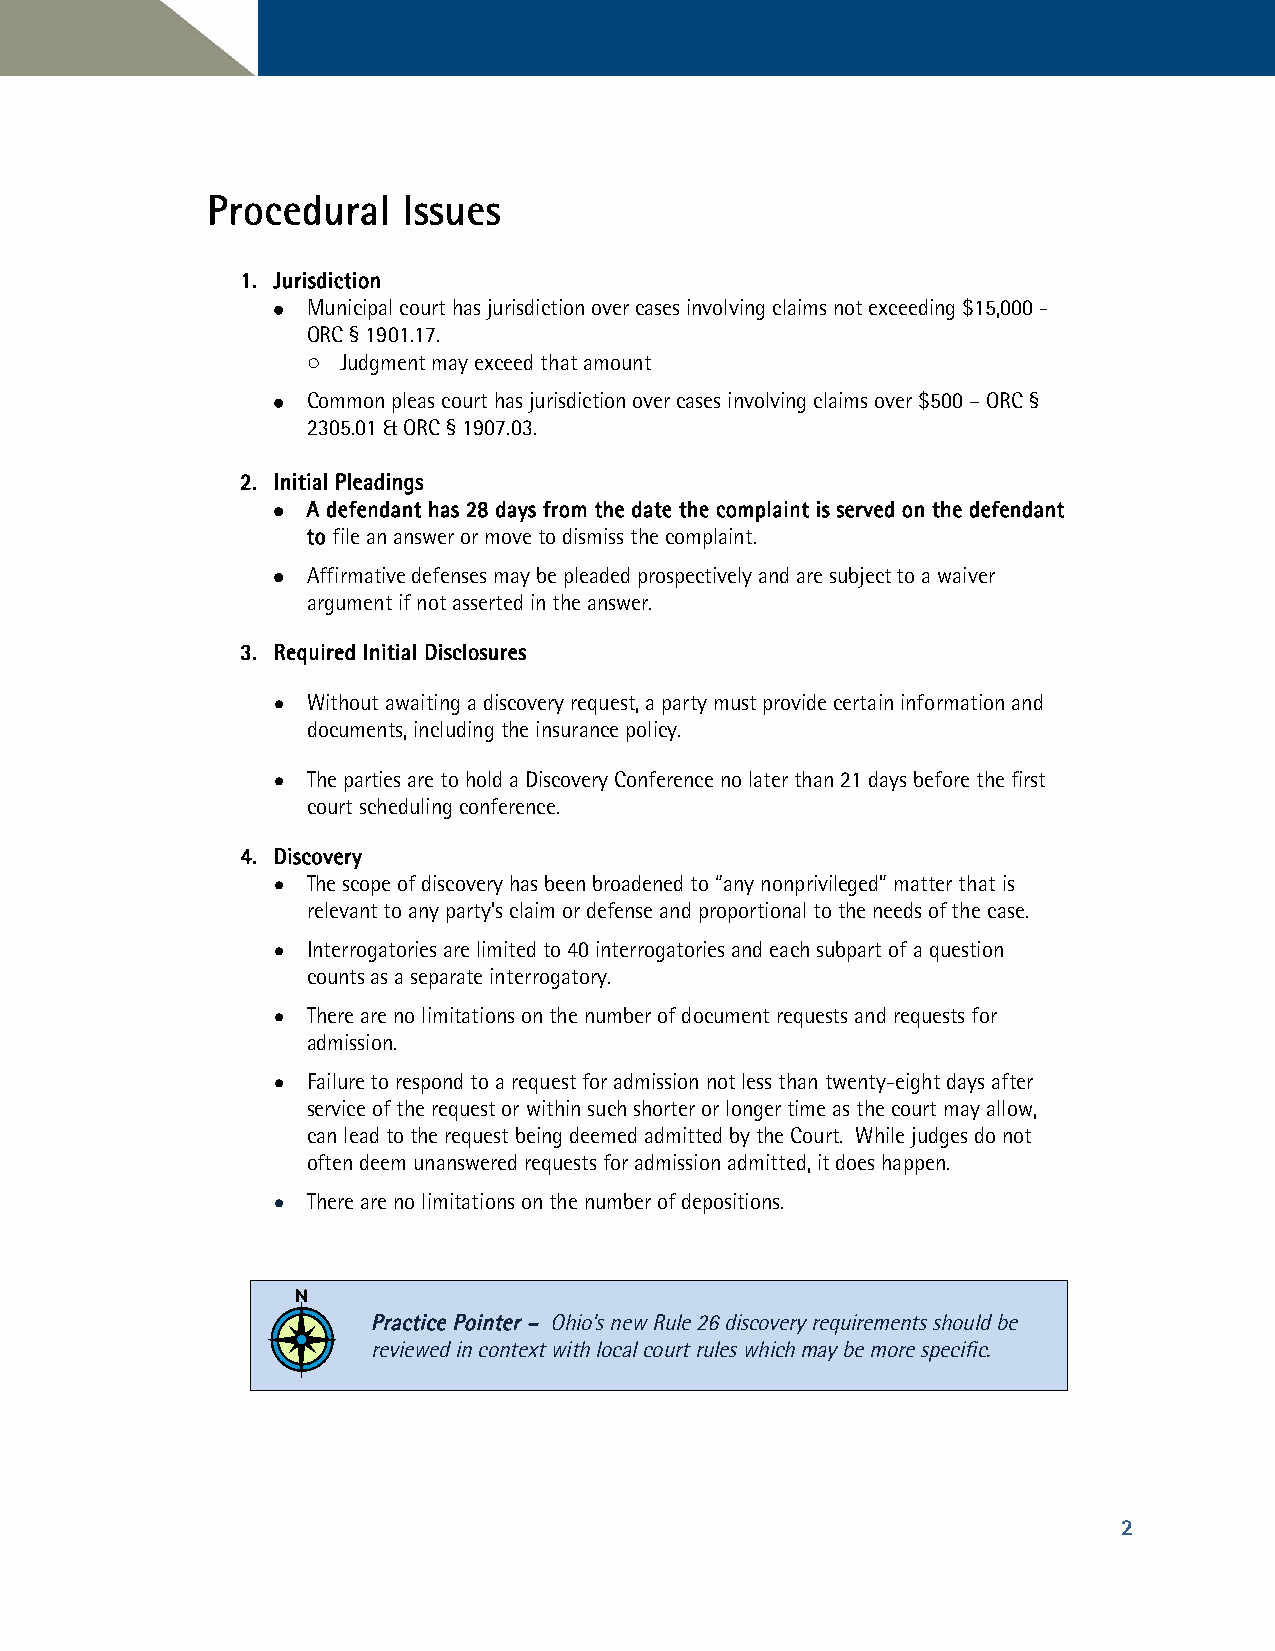
PPrroocceedduurraall IIssssuueess
 11.. JJuurriissddiiccttiioonn
  Municipal court has jurisdiction over cases involving claims not exceeding $15,000 -
 ORC § 1901.17.
 Judgment may exceed that amount
 o
  Common pleas court has jurisdiction over cases involving claims over $500 – ORC §
 2305.01 & ORC § 1907.03.
 22.. IInniittiiaall PPlleeaaddiinnggss
  AA ddeeffeennddaanntt hhaass 2288 ddaayyss ffrroomm tthhee ddaattee tthhee ccoommppllaaiinntt iiss sseerrvveedd oonn tthhee ddeeffeennddaanntt
 ttoo file an answer or move to dismiss the complaint.
  Affirmative defenses may be pleaded prospectively and are subject to a waiver
 argument if not asserted in the answer.
 33.. RReeqquuiirreedd IInniittiiaall DDiisscclloossuurreess
  Without awaiting a discovery request, a party must provide certain information and
 documents, including the insurance policy.
  The parties are to hold a Discovery Conference no later than 21 days before the first
 court scheduling conference.
 44.. DDiissccoovveerryy
  The scope of discovery has been broadened to “any nonprivileged” matter that is
 relevant to any party’s claim or defense and proportional to the needs of the case.
  Interrogatories are limited to 40 interrogatories and each subpart of a question
 counts as a separate interrogatory.
  There are no limitations on the number of document requests and requests for
 admission.
  Failure to respond to a request for admission not less than twenty-eight days after
 service of the request or within such shorter or longer time as the court may allow,
 can lead to the request being deemed admitted by the Court. While judges do not
 often deem unanswered requests for admission admitted, it does happen.
  There are no limitations on the number of depositions.
 PPrraaccttiiccee PPooiinntteerr –– Ohio’s new Rule 26 discovery requirements should be
 reviewed in context with local court rules which may be more specific.
 2